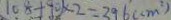
1 0 8 + 9 0 \times 2 = 3 9 6 ( c m ^ { 2 } )